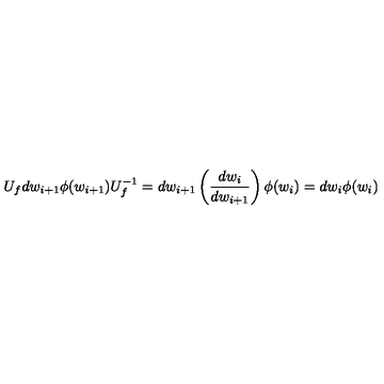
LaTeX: U _ { f } d w _ { i + 1 } \phi ( w _ { i + 1 } ) U _ { f } ^ { - 1 } = d w _ { i + 1 } \left( \frac { d w _ { i } } { d w _ { i + 1 } } \right) \phi ( w _ { i } ) = d w _ { i } \phi ( w _ { i } )